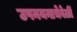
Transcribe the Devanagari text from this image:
उपनयनाचेवेळीं